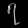
Digit: ၇